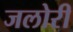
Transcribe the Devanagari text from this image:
जलोरी